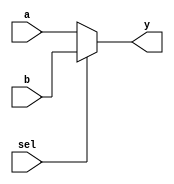
module mux2to1(input a, input b, input sel, output y);
    assign y = (sel == 1'b0) ? a : b;
endmodule